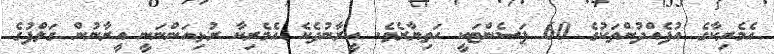
އެމެރިކާގެ އުފެއްދުންތަކުގެ 60 ޕަސެންޓަކީ ހަތިޔާރެވެ. އީރާނުދެކެ އެމެރިކާ ރުޅިއަންނަނީ އީރާނުން ގަލްފުގެ